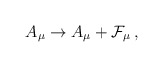
\begin{align*}A_{\mu} \rightarrow A_{\mu} + {\cal F}_{\mu} \, ,\end{align*}